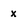
Character: x